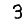
Digit: 3